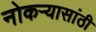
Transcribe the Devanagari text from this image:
नोकऱ्यासांठी